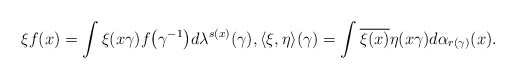
\begin{gather*}\xi f(x)=\int \xi(x\gamma)f\big(\gamma^{-1}\big)d\lambda^{s(x)}(\gamma),\langle\xi,\eta\rangle(\gamma)=\int \overline{\xi(x)} \eta(x\gamma) d\alpha_{r(\gamma)}(x).\end{gather*}